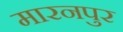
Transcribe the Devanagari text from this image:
मारनपुर